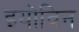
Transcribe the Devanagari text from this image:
इयोविन